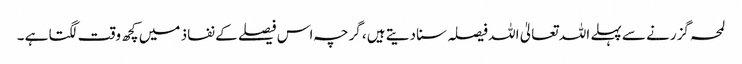
لمحہ گزرنے سے پہلے اللہ تعالیٰ اللہ فیصلہ سنا دیتے ہیں، گرچہ اس فیصلے کے نفاذ میں کچھ وقت لگتا ہے ۔